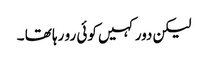
لیکن دور کہیں کوئی رو رہا تھا ۔